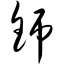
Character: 铞